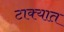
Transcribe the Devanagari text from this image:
टाक्‍यात